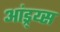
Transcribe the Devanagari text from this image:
आंड्र्य्स